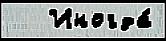
   Иногда́